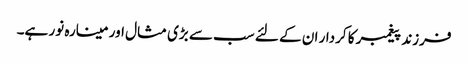
فرزند پیغمبر کا کردار ان کے لئے سب سے بڑی مثال اور مینارہ نور ہے۔